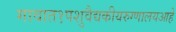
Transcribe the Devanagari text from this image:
गावात१पशुवैद्यकीयरुग्णालयआहे